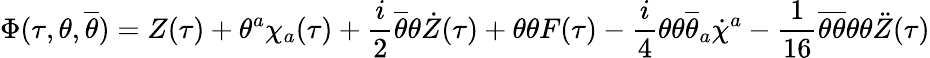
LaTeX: \Phi(\tau,\theta,\overline{{{\theta}}})=Z(\tau)+\theta^{a}\chi_{a}(\tau)+\frac{i}{2}\overline{{{\theta}}}\theta\dot{Z}(\tau)+\theta\theta F(\tau)-\frac{i}{4}\theta\theta\overline{{{\theta}}}_{a}\dot{\chi}^{a}-\frac{1}{16}\overline{{{\theta}}}\overline{{{\theta}}}\theta\theta\ddot{Z}(\tau)